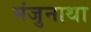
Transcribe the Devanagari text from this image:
मंजुनाथा